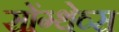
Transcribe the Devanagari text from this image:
सोंग्थेव्स